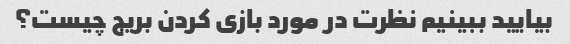
بیایید ببینیم نظرت در مورد بازی کردن بریج چیست؟